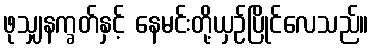
ဖုသျှနက္ခတ်နှင့် နေမင်းတို့ယှဉ်ပြိုင်လေသည်။